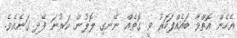
އެހެން އޮތްވާ ބައެއްފަހަރު ވީ ގޮތެއް ނޭނގި ލޮލުން ކަރުނަ ފޭދި ގަނެއެވެ.